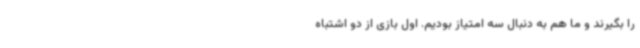
را بگیرند و ما هم به دنبال سه امتیاز بودیم. اول بازی از دو اشتباه